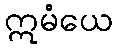
ဣမံယေ